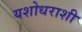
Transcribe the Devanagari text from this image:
यशोधराशी